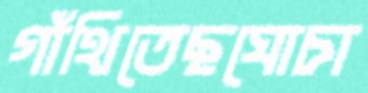
গাঁথিতেছঘোচা